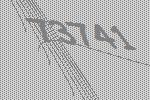
73741